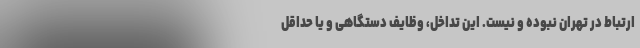
ارتباط در تهران نبوده و نیست. این تداخل، وظایف دستگاهی و یا حداقل